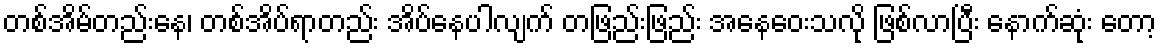
တစ်အိမ်တည်းနေ၊ တစ်အိပ်ရာတည်း အိပ်နေပါလျက် တဖြည်းဖြည်း အနေဝေးသလို ဖြစ်လာပြီး နောက်ဆုံး တော့